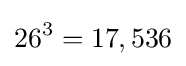
26^{3}=17,536